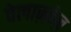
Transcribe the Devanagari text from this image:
वेलाज़्क़ेज़